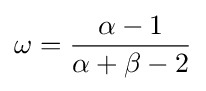
\omega ={\frac {\alpha -1}{\alpha +\beta -2}}